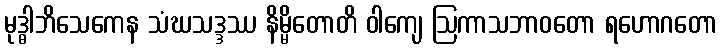
မုဒ္ဓါဘိသေကေန သံဃသဒ္ဒဿ နိမ္မိတောတိ ဝါကျေ ဩကာသဘာဝတော ရဟောဂတော